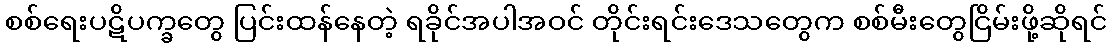
စစ်ရေးပဋိပက္ခတွေ ပြင်းထန်နေတဲ့ ရခိုင်အပါအဝင် တိုင်းရင်းဒေသတွေက စစ်မီးတွေငြိမ်းဖို့ဆိုရင်